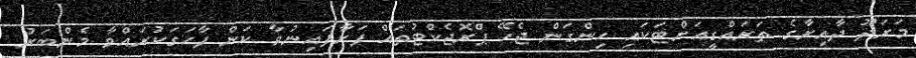
މަރަދޫ ދާއިރާގެ ތަރައްގީއަށްޓަކައި ހިންގަން ޖެހޭ ޕްރޮޖެކްޓުތައް ފަށާފައިނުވާ ކަން ފާހަގަކުރައްވާ މެންބަރު